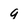
Character: 9